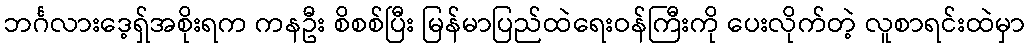
ဘင်္ဂလားဒေ့ရှ်အစိုးရက ကနဦး စိစစ်ပြီး မြန်မာပြည်ထဲရေးဝန်ကြီးကို ပေးလိုက်တဲ့ လူစာရင်းထဲမှာ